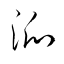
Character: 派